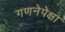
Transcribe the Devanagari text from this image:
गणनेपेक्षा